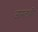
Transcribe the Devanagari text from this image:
आमलाकी